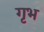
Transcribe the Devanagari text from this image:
गृभ